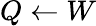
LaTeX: Q\leftarrow W